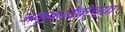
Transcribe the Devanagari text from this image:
अक्कादेवीच्या